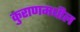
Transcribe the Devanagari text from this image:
कुराणमधील